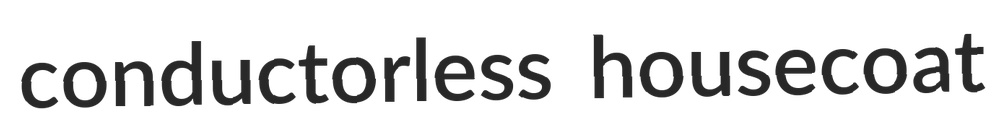
conductorless housecoat